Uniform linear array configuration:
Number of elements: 32
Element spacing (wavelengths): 1
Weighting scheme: binomial
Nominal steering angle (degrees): -15
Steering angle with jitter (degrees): -16.608
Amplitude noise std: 0.05
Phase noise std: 0.05

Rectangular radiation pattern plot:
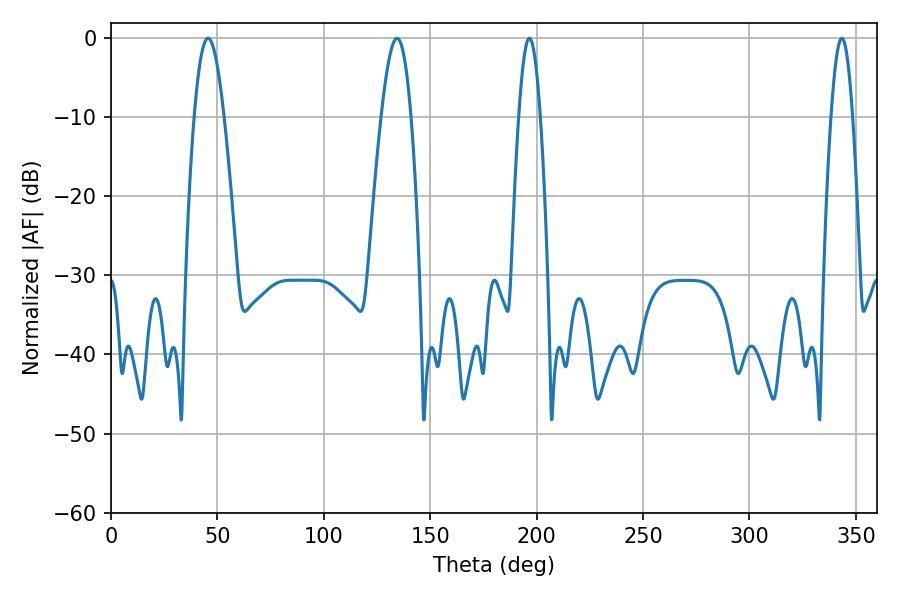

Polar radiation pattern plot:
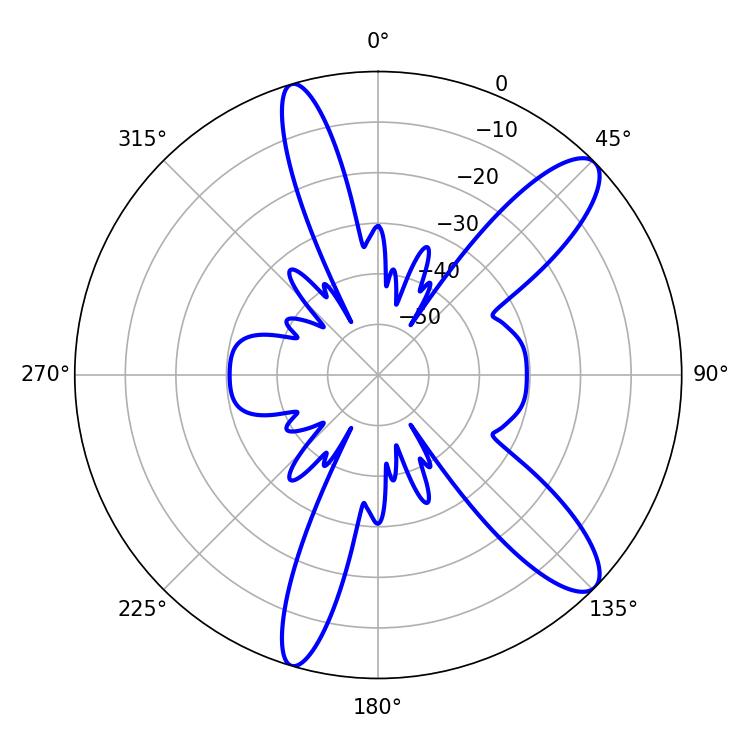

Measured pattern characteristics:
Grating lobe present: TRUE
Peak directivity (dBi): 11.338
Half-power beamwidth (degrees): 5.4
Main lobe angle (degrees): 196.56